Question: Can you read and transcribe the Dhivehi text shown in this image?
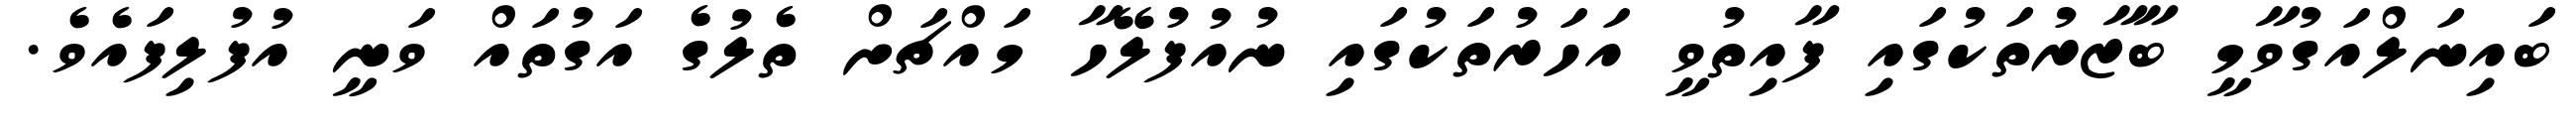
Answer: ބައިނަލްއަގުވާމީ ބާޒާރުތަކުގައި ފާއިތުވީ އަހަރުތަކުގައި ނުއުފުލޭހާ މައްޗަށް ތެލުގެ އަގުތައް ވަނީ އުފުލިފައެވެ.